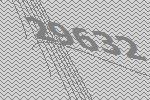
29632